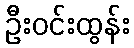
ဦးဝင်းထွန်း